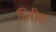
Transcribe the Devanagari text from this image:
प्रितीश